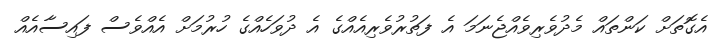
އެގޮތަށް ކަންތައް މެދުވެރިވެއްޖެނަމަ އެ ފަތުރުވެރިއެއްގެ އެ ދުވަހެއްގެ ހުރުމަށް އެއްވެސް ފައިސާއެއް